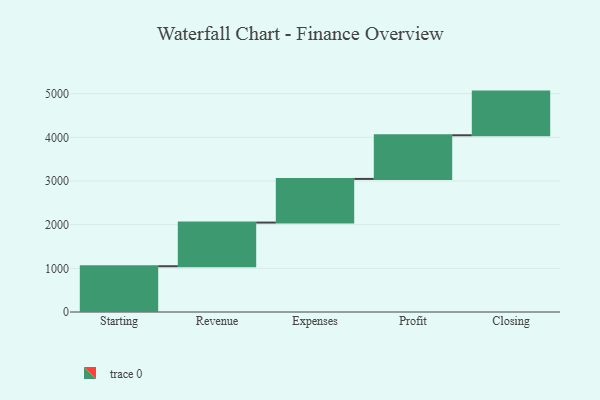
{"axis": {"x": "Step", "y": "Value"}, "legend": [""], "data": [{"x": "Starting", "y": 1048.0, "type": ""}, {"x": "Revenue", "y": 1000, "type": ""}, {"x": "Expenses", "y": 1000, "type": ""}, {"x": "Profit", "y": 1000, "type": ""}, {"x": "Closing", "y": 1000, "type": ""}]}